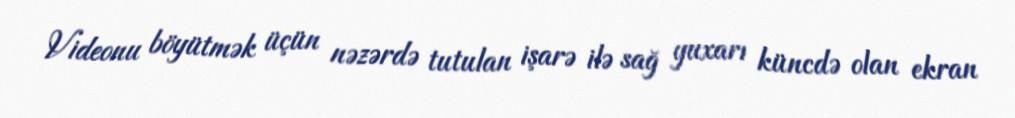
Videonu böyütmək üçün nəzərdə tutulan işarə ilə sağ yuxarı küncdə olan ekran